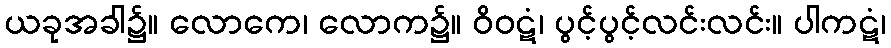
ယခုအခါ၌။ လောကေ၊ လောက၌။ ဝိဝဋံ၊ ပွင့်ပွင့်လင်းလင်း။ ပါကဋံ၊